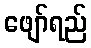
ဖျော်ရည်